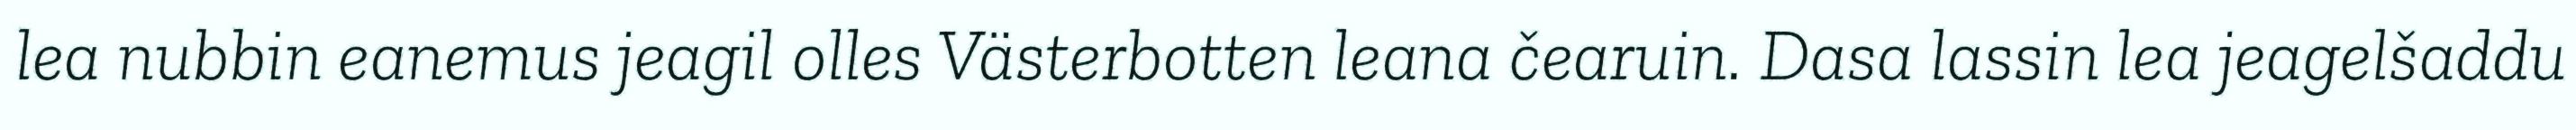
lea nubbin eanemus jeagil olles Västerbotten leana čearuin. Dasa lassin lea jeagelšaddu